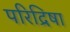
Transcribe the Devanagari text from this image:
परिद्रिषा